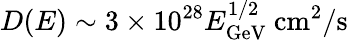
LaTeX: D(E)\sim 3\times 10^{28}E_{\mathrm{GeV}}^{1/2}~\mathrm{cm^{2}/s}